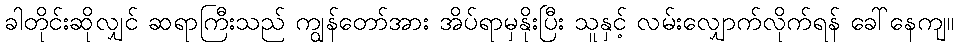
ခါတိုင်းဆိုလျှင် ဆရာကြီးသည် ကျွန်တော်အား အိပ်ရာမှနိုးပြီး သူနှင့် လမ်းလျှောက်လိုက်ရန် ခေါ်နေကျ။